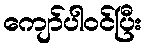
ကျော်ပါဝင်ပြီး